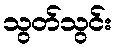
သွတ်သွင်း